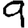
Digit: 9